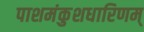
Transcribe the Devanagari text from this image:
पाशमंकुशधारिणम्